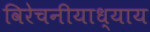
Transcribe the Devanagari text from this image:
विरेचनीयाध्याय